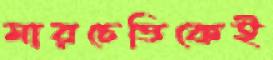
মারচেত্তিকেই